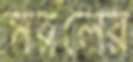
সরলের